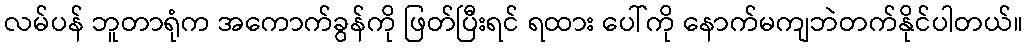
လမ်ပန် ဘူတာရုံက အကောက်ခွန်ကို ဖြတ်ပြီးရင် ရထား ပေါ်ကို နောက်မကျဘဲတက်နိုင်ပါတယ်။